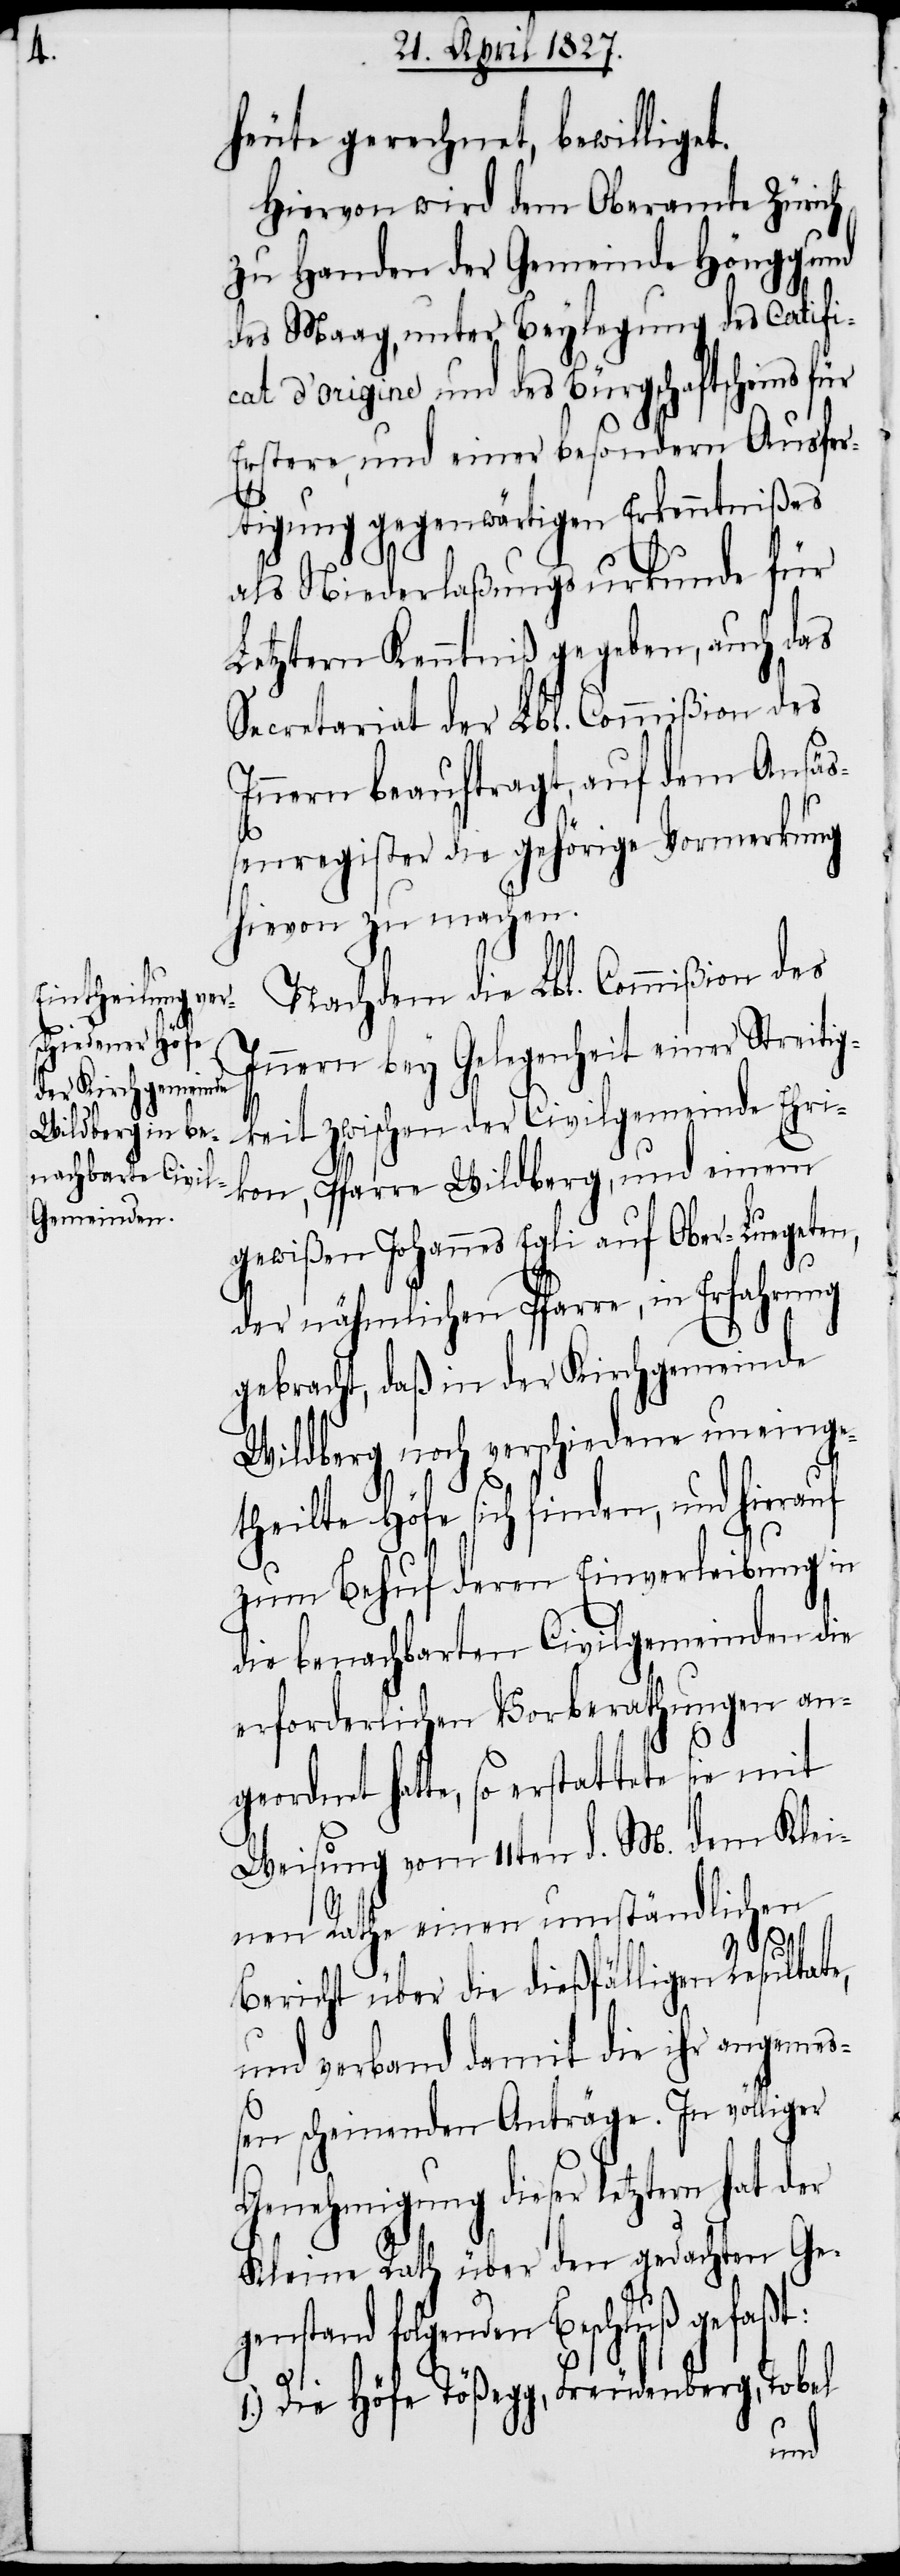
heute gerechnet, bewilligt.
Hiervon wird dem Oberamt Zürich,
zu Handen der Gemeinde Höngg und
des Maag, unter Beylegung des Certifi¬
cat d’ origine und des Bürgschaftsscheins für
Erstere, und einer besondern Ausfer¬
tigung gegenwärtigen Erkenntnißes
als Niederlaßungsurkunde für
Letztern Kenntniß gegeben, auch das
Secretariat der Lbl. Commißion des
Innern beauftragt, auf dem Ansäß¬
enregister die gehörige Vormerkung
hievon zu machen.
Nachdem die Lbl. Commißion des
Innern bey Gelegenheit einer Streitig¬
keit zwischen der Civilgemeinde Ehri¬
kon, Pfarre Wildberg, und einem
gewißen Johannes Egli auf Ober-Luegeten,
der nähmlichen Pfarre, in Erfahrung
gebracht, daß in der Kirchgemeinde
Wildberg noch verschiedene uneinge¬
theilte Höfe sich finden, und hierauf
zum Behuf deren Einverleibung in
die benachbarten Civilgemeinden die
erforderlichen Vorberathungen an¬
geordnet hatte, so erstattete sie mit
Weisung vom 11ten d. M. dem Klei¬
nen Rathe einen umständlichen
Bericht über die dießfälligen Resultate,
und verband damit die ihr angemeß¬
en scheinenden Anträge. In völliger
Genehmigung dieser letztern hat der
Kleine Rath über den gedachten Geg¬
enstand folgenden Beschluß gefaßt:
1.) Die Höfe Tößegg, Freudenberg, Tobel